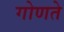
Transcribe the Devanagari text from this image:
गोणते